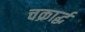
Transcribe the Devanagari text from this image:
चक्रार्द्ध